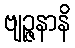
ဗျဉ္ဇနာနိ